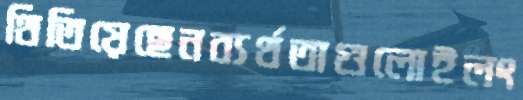
থিতিয়েছেনব্যর্থতাগুলোইলং